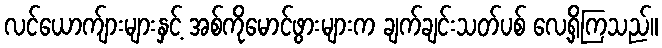
လင်ယောက်ျားများနှင့် အစ်ကိုမောင်ဖွားများက ချက်ချင်းသတ်ပစ် လေ့ရှိကြသည်။